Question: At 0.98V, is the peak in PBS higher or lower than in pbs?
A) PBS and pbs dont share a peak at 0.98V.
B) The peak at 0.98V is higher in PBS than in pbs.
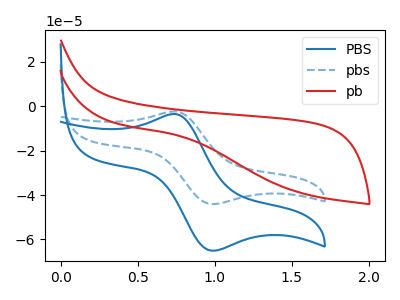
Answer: <think>The blue curve "PBS" has an anodic peak at (0.75V, -3.55uA) and a cathodic peak at (1.00V, -65.00uA). The blue dashed curve "pbs" has an anodic peak at (0.75V, -2.40uA) and a cathodic peak at (1.00V, -44.05uA). The red curve "pb" has no peaks.</think>
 <answer>B) The peak at 0.98V is higher in "PBS" than in "pbs".</answer>
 <eval>B</eval>